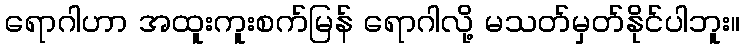
ရောဂါဟာ အထူးကူးစက်မြန် ရောဂါလို့ မသတ်မှတ်နိုင်ပါဘူး။